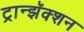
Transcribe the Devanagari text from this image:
ट्रान्झॅक्शन